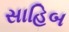
સાહિબ